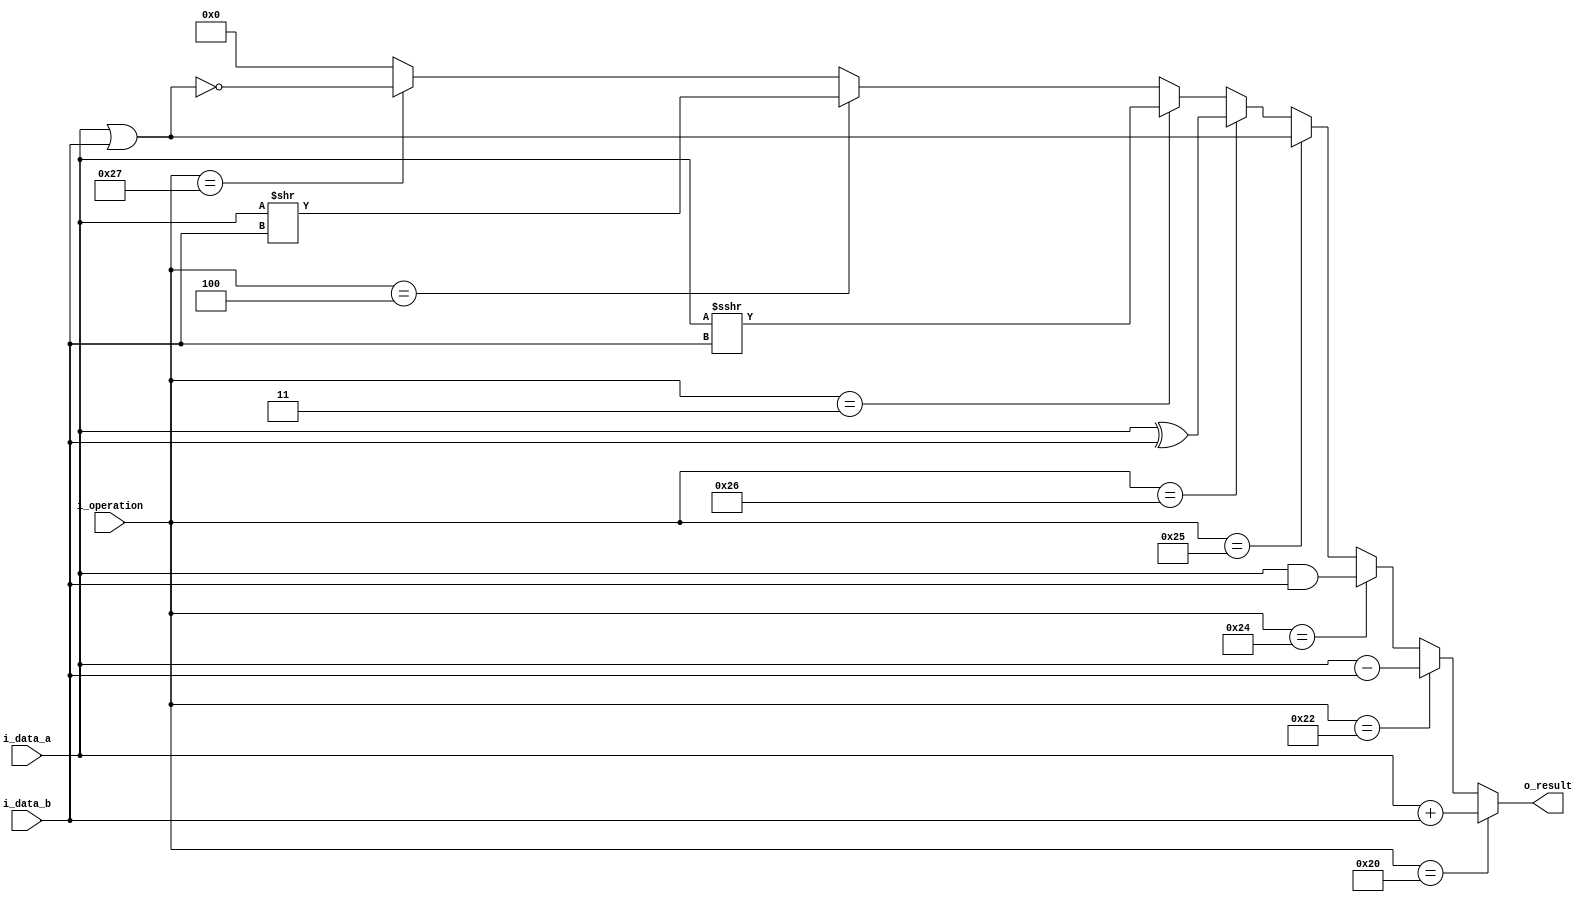
`timescale 1ns / 1ps

module alu
	#(	parameter NB_INPUTS = 8,
		parameter NB_OUTPUTS = 8,
		parameter NB_OP = 6)
	(	input wire signed [NB_INPUTS-1:0]	i_data_a,
		input wire signed [NB_INPUTS-1:0]	i_data_b,
		input wire [NB_OP-1:0]		i_operation,
		output reg signed [NB_OUTPUTS-1:0]	o_result);

always@(*)begin
	if(i_operation == 32)begin:_add
		o_result = i_data_a + i_data_b;
	end
	else if(i_operation == 34)begin:_sub
		o_result = i_data_a - i_data_b;
	end
	else if(i_operation == 36)begin:_and
		o_result = i_data_a & i_data_b;
	end
	else if(i_operation == 37)begin:_or
		o_result = i_data_a | i_data_b;
	end
	else if(i_operation == 38)begin:_xor
		o_result = i_data_a ^ i_data_b;
	end
	else if(i_operation == 3)begin:_sra
		o_result = i_data_a >>> i_data_b;
	end
	else if(i_operation == 4)begin:_srl
		o_result = i_data_a >> i_data_b;
	end
	else if(i_operation == 39)begin:_nor
		o_result = ~(i_data_a | i_data_b);
	end
	else begin
	   o_result = 0;
	end
end

endmodule